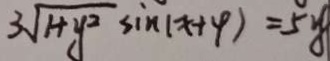
3 \sqrt { 1 + y ^ { 2 } } \sin ( x + 4 ) = 5 y